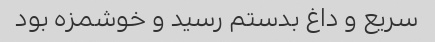
سریع و داغ بدستم رسید و خوشمزه بود